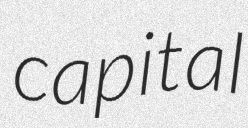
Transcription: capital